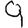
Digit: 9